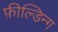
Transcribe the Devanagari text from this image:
फ़ील्डिन्ग